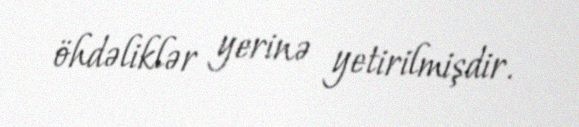
öhdəliklər yerinə yetirilmişdir.